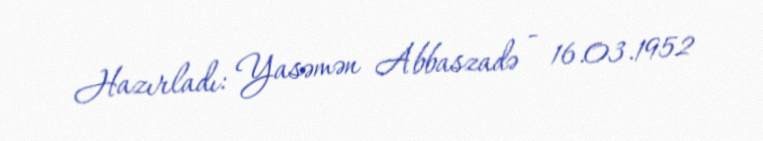
Hazırladı: Yasəmən Abbaszadə - 16.03.1952